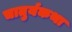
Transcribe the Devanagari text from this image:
चातुर्यकथा